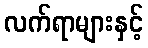
လက်ရာများနှင့်